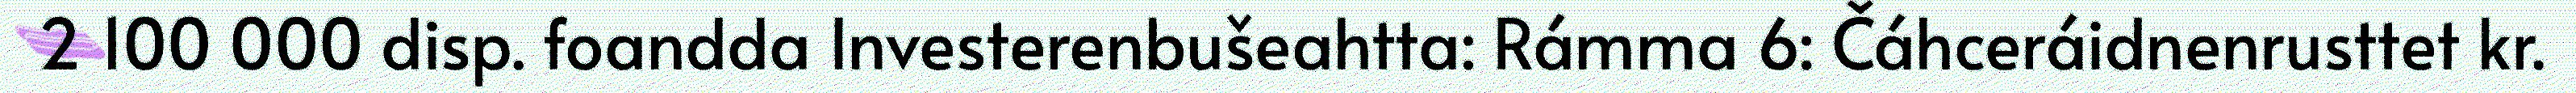
2 100 000 disp. foandda Investerenbušeahtta: Rámma 6: Čáhceráidnenrusttet kr.